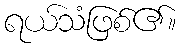
ရယ်သံဖြစ်၏။